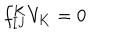
f _ { \mathbf { I J } } ^ { \mathbf { K } } V _ { \mathbf { K } } = 0